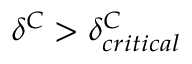
\delta ^ { C } > \delta _ { c r i t i c a l } ^ { C }